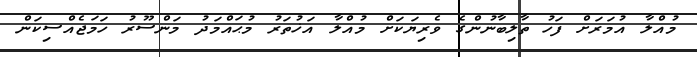
މުއްލާ އުމަރަށް ފަހު ތާލިބާނުންގެ ވެރިޔަކަށް މުއްލާ އަޚުތަރު މުޙައްމަދު މަންސޫރު ހަމަޖެއްސިކަން